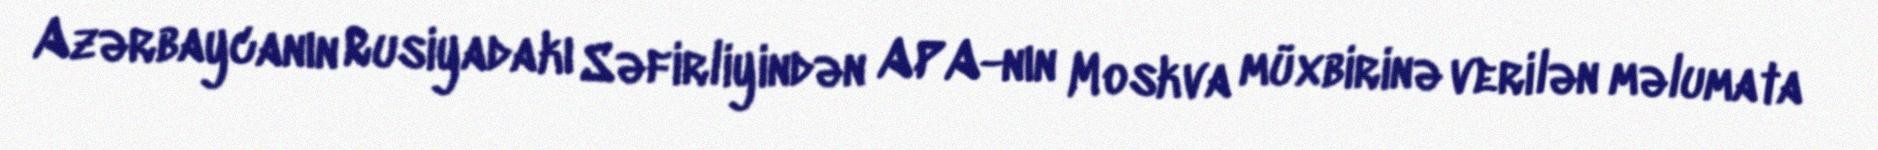
Azərbaycanın Rusiyadakı Səfirliyindən APA-nın Moskva müxbirinə verilən məlumata